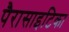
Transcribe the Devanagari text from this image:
पैरासाइटिका